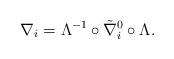
LaTeX: \begin{align*}\nabla_i=\Lambda^{-1}\circ\tilde\nabla_i^0\circ\Lambda.\end{align*}